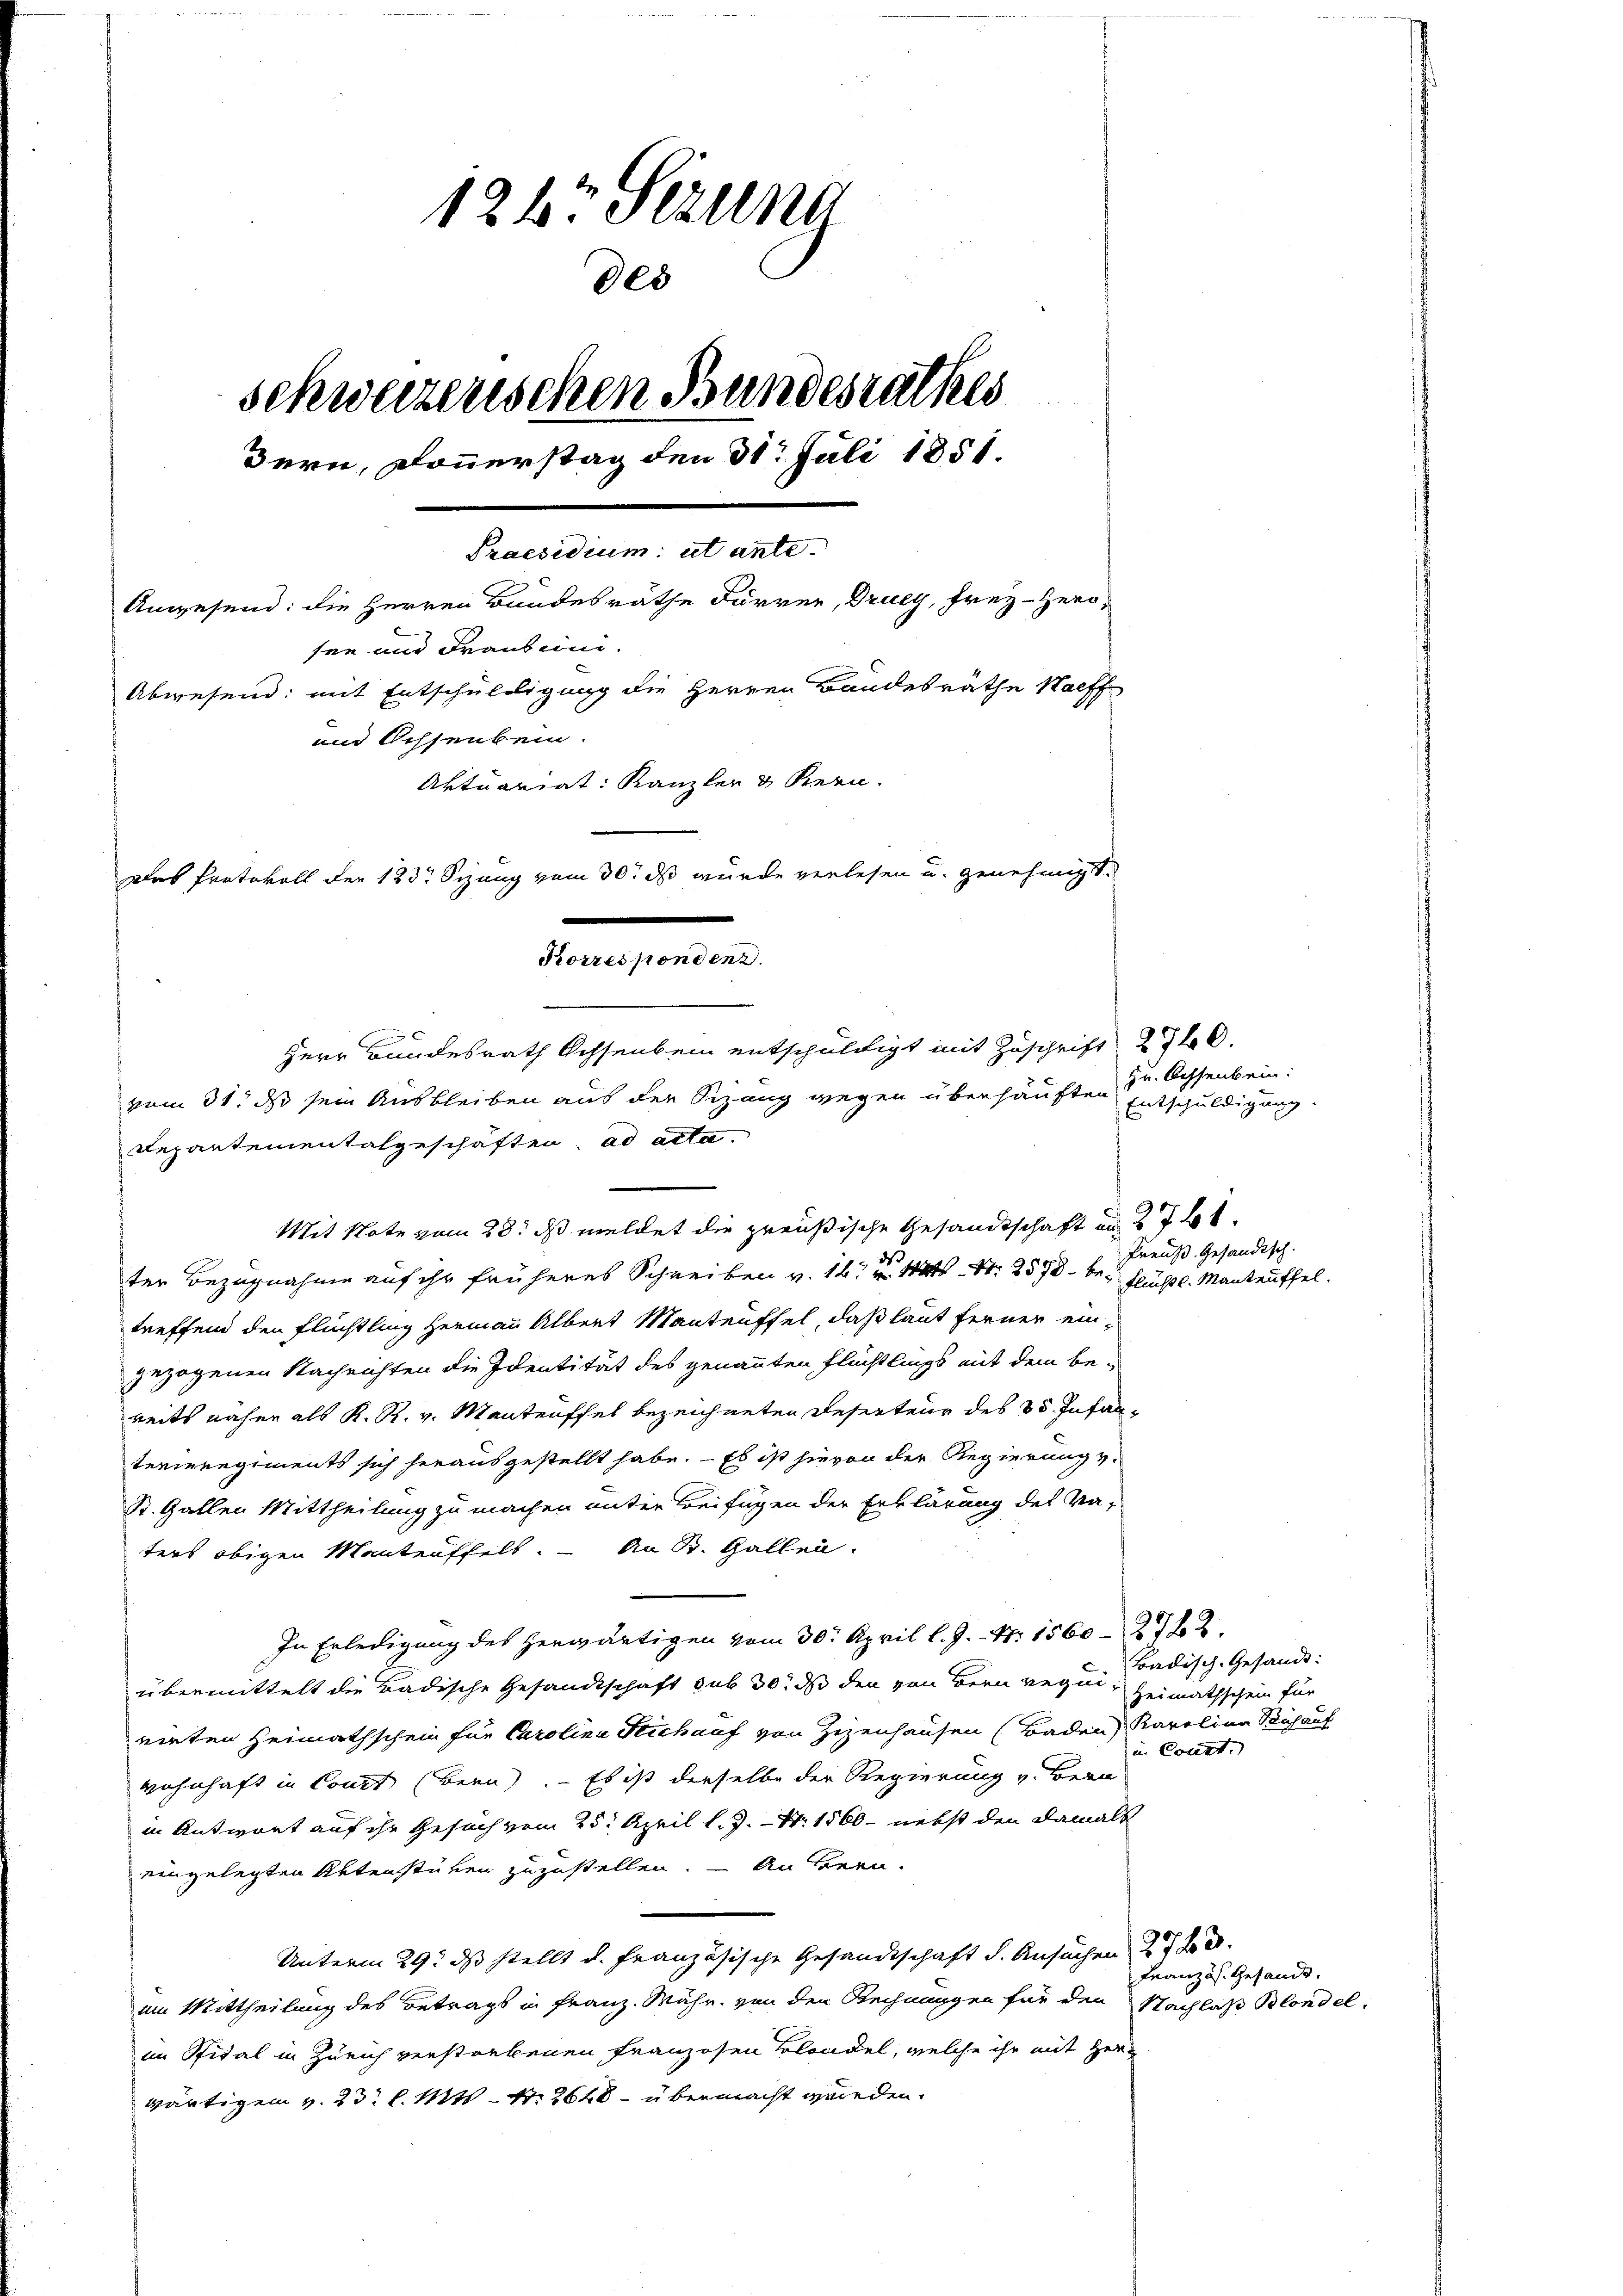
124 Sezung
88
schweizenschen Bundesrathes
Bern, Donnerstag den 31. Juli 1851.
Praesidium ut ante.
Anwesend: die Herren Bandesräthe Furrer, Druly, Frey- Hero-
sen und Franken.
Abwesend: mit Entschuldigung die Herren Bandesräthe Halff
und Ochsenbein.
Aktuariat: Kanzler & Kern.
Das Protokoll der 123t Seung vom 30. ds wurde verlesen u. genehmigt.
.
Korrespondenz.
Herr Bundesrath Ochsenkein entschuldigt mit Zuschrift 27.
vom 31. ds sein Ausbleiben aus der Sizung wegen überhäuften Dr. Achsenbein:

Repartementalgeschäften. ad acta.
Mit Note vom 28. ds meldet die preußische Gesandtschaft am 27 t.
ter Bezugnahme auf ihr früheres Schreiben v. 16. d. Mts. S. 2578 - be- Flüchtl. Manteuffel.
treffend den Flüchtling Hermann Albert Manteuffel, daß laut ferner ein-
gezogenen Nachrichten die Identität des genannten Flüchtlings mit dem be-
reits näher als K. R. v. Mantenffel bezeichneten Deserteur des 35. Infanterieregiments sich herausgestellt habe. - Es ist hievon der Regierung v.
St. Gallen Mittheilung zu machen unter Beifügen der Erklärung des Vaters obigen Manteuffelt. An St. Gallen.
In Erledigung des herwärtigen vom 30. April l. J. 17. 1560. 272.
übermittelt die Badische Gesandtschaft sub 30. ds den von Bern requinirten Heimathschein für Carolina Stich auf von Zizenhausen (Baden Karolina Bach auf
wohnhaft in Const (Bern. – Es ist derselbe der Regierung v. Bern
in Antwort auf ihr Gesuch vom 25. April l. J. N. 1560 - nebst den damals
eingelegten Aktenstücken zuzustellen. — An been¬
Unterm 29. ds stellt d. Französische Gesandtschaft d. Ansuchen 27 t d.
um Mittheilung des Betrags in Franz. Währ. von den Rechnungen für den Nachlaß Blondelim Spital in Zürich verstorbenen Franzosen Belandel, welche ihr mit Herr
wärtigem v. 23. l. Mts. - Nr. 2640 - übermacht werden.

Entschuldigung.

Preuß. Gesandtsch.

Badisch-Gesandt:
Heimathschein für
in Const.

Französ. Gesandt.